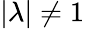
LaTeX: |\lambda|\neq 1